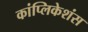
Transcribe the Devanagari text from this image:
कांप्लिकेशंस